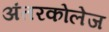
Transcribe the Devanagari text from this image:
अंतरकोलेज